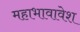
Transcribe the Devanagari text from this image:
महाभावावेश